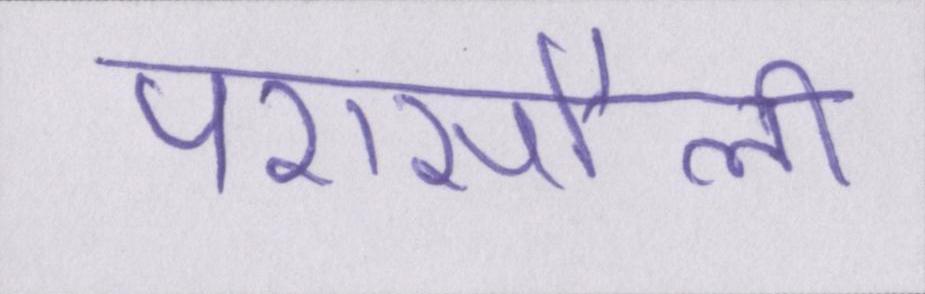
परासौली